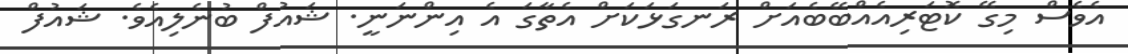
އެވެސް މިގޭ ކޮޓަރިއެއްބޭބެއަށް ރަނގަޅަކަށް އެތާގަ އެ އިންނަނީ. ޝައުފް ބުނެލިއެވެ. ޝައުފް